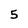
Character: 5